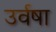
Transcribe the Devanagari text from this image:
उर्वषा